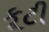
કૂટી